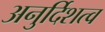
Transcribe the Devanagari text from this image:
अनुर्दिशत्व